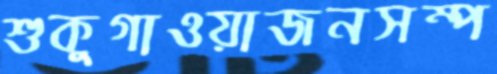
শুকুগাওয়াজনসম্প